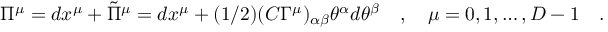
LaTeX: \Pi ^ { \mu } = d x ^ { \mu } + { \tilde { \Pi } } ^ { \mu } = d x ^ { \mu } + ( 1 / 2 ) ( C \Gamma ^ { \mu } ) _ { \alpha \beta } \theta ^ { \alpha } d \theta ^ { \beta } \quad , \quad \mu = 0 , 1 , \dots , D - 1 \quad .